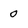
Character: 0